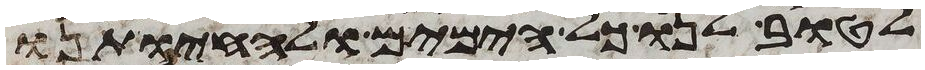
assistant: לטוב לנו כל הימים ולהחיותנו